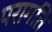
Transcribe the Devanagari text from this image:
परागति